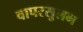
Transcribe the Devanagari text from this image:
वापरसुलभ